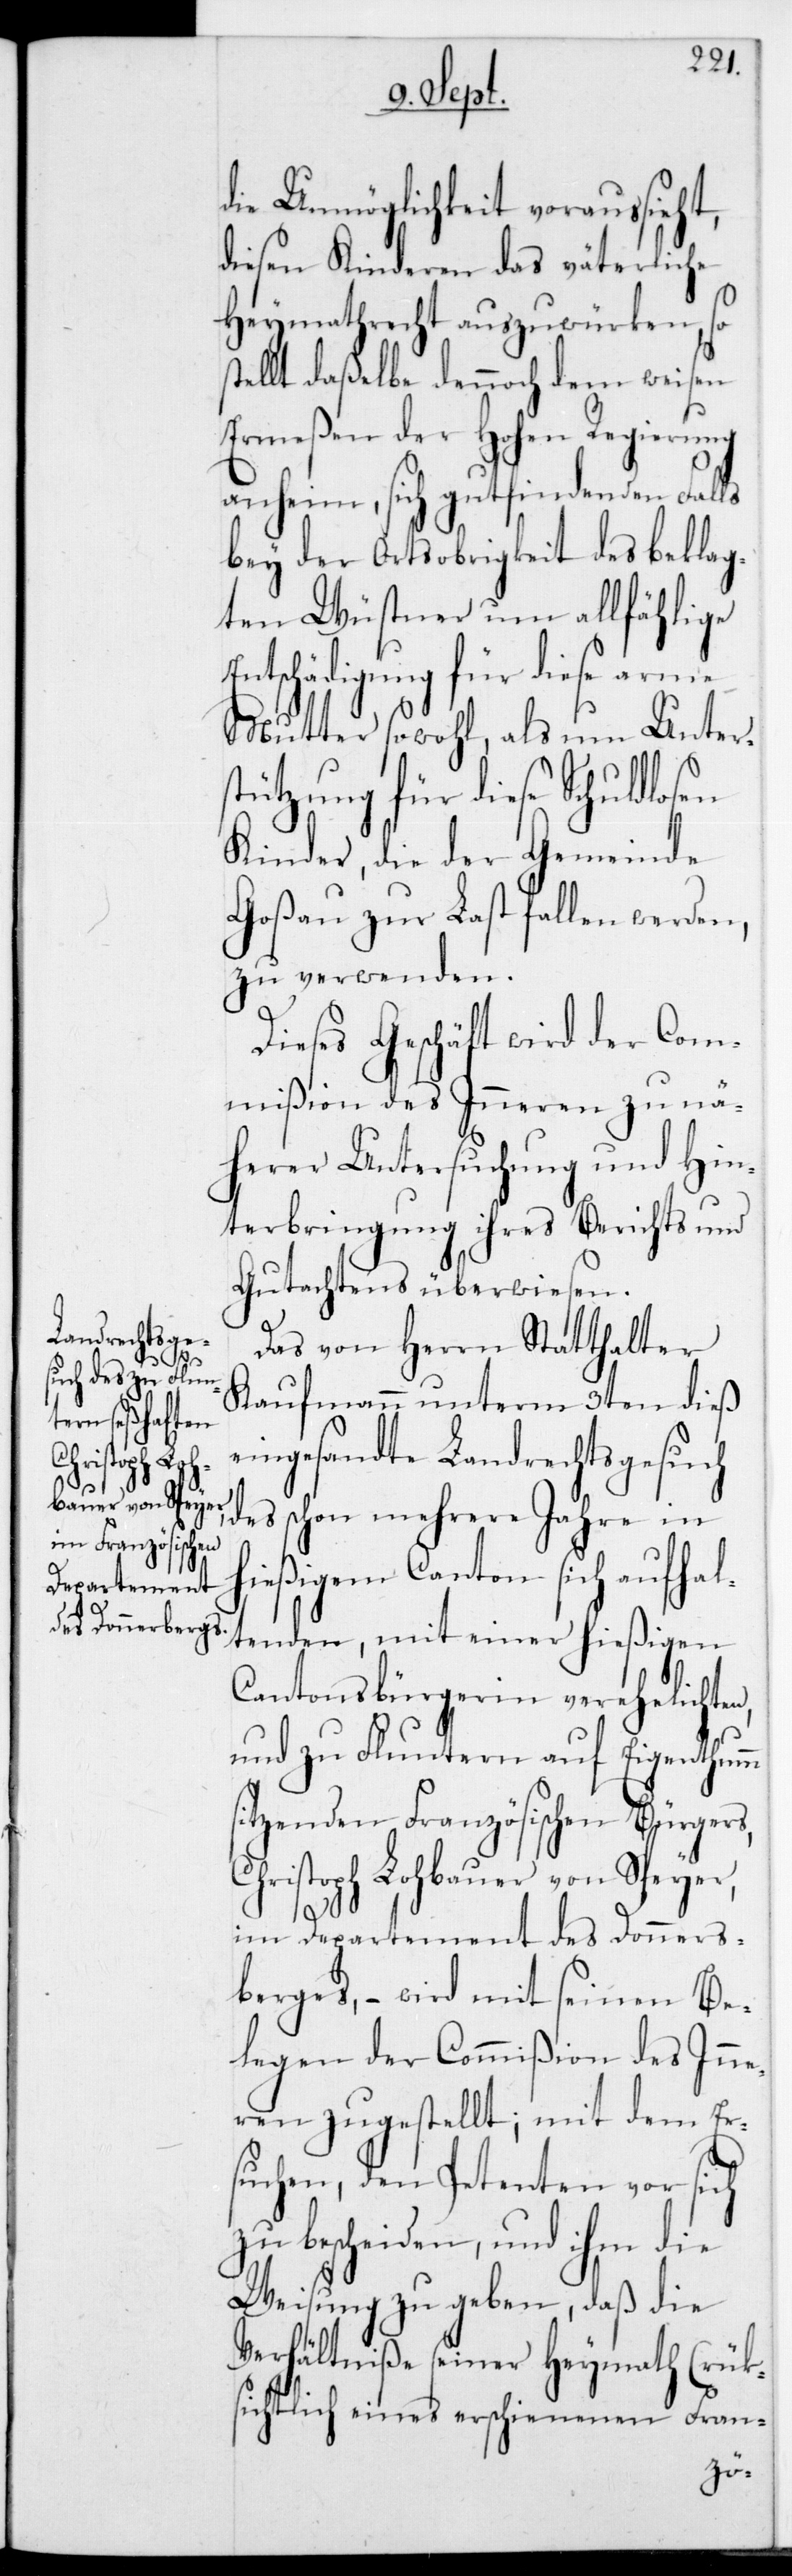
s¬

die Unmöglichkeit voraussieht,
diesen Kinderen das väterliche
Heymathrecht auszuwürken, so
tellt daßelbe dennoch dem weisen
Ermeßen der Hohen Regierung
anheim, sich gut findenden Falls
bey der Ortsobrigkeit des beklag¬
ten Wüstner um allfählige
Entschädigung für diese arme
Mutter sowohl als um Unter¬
stützung für diese Schuldlosen
Kinder, die der Gemeinde
Goßau zur Last fallen werden,
zu verwenden.
Dieses Geschäft wird der Com¬
mißion des Inneren zu nä¬
herer Untersuchung und Hin¬
terbringung ihres Berichts und
Gutachtens überwiesen.
Das von Herrn Statthalter
Kaufmann unterm 3ten dieß
eingesandte Landrechtsgesuch
des schon mehrere Jahre in
hießigem Canton sich aufhal¬
tenden, mit einer hießigen
Cantonsbürgerin verehelichten,
und zu Fluntern auf Eigenthumm
sitzenden Französischen Bürgers,
Christoph Lohbauer von Speyer,
im Departement des Donner¬
berges, – wird mit seinen Be¬
legen der Commißion des Inne¬
ren zugestellt; mit dem Er¬
suchen, den Petenten vor sich
zu bescheiden, und ihm die
Weisung zu geben, daß die
Verhältniße seiner Heymath (rük¬
sichtlich eines erschienen Fran-